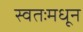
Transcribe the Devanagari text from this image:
स्वतःमधून